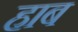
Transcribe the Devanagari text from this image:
हाब